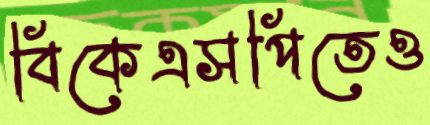
বিকেএসপিতেও